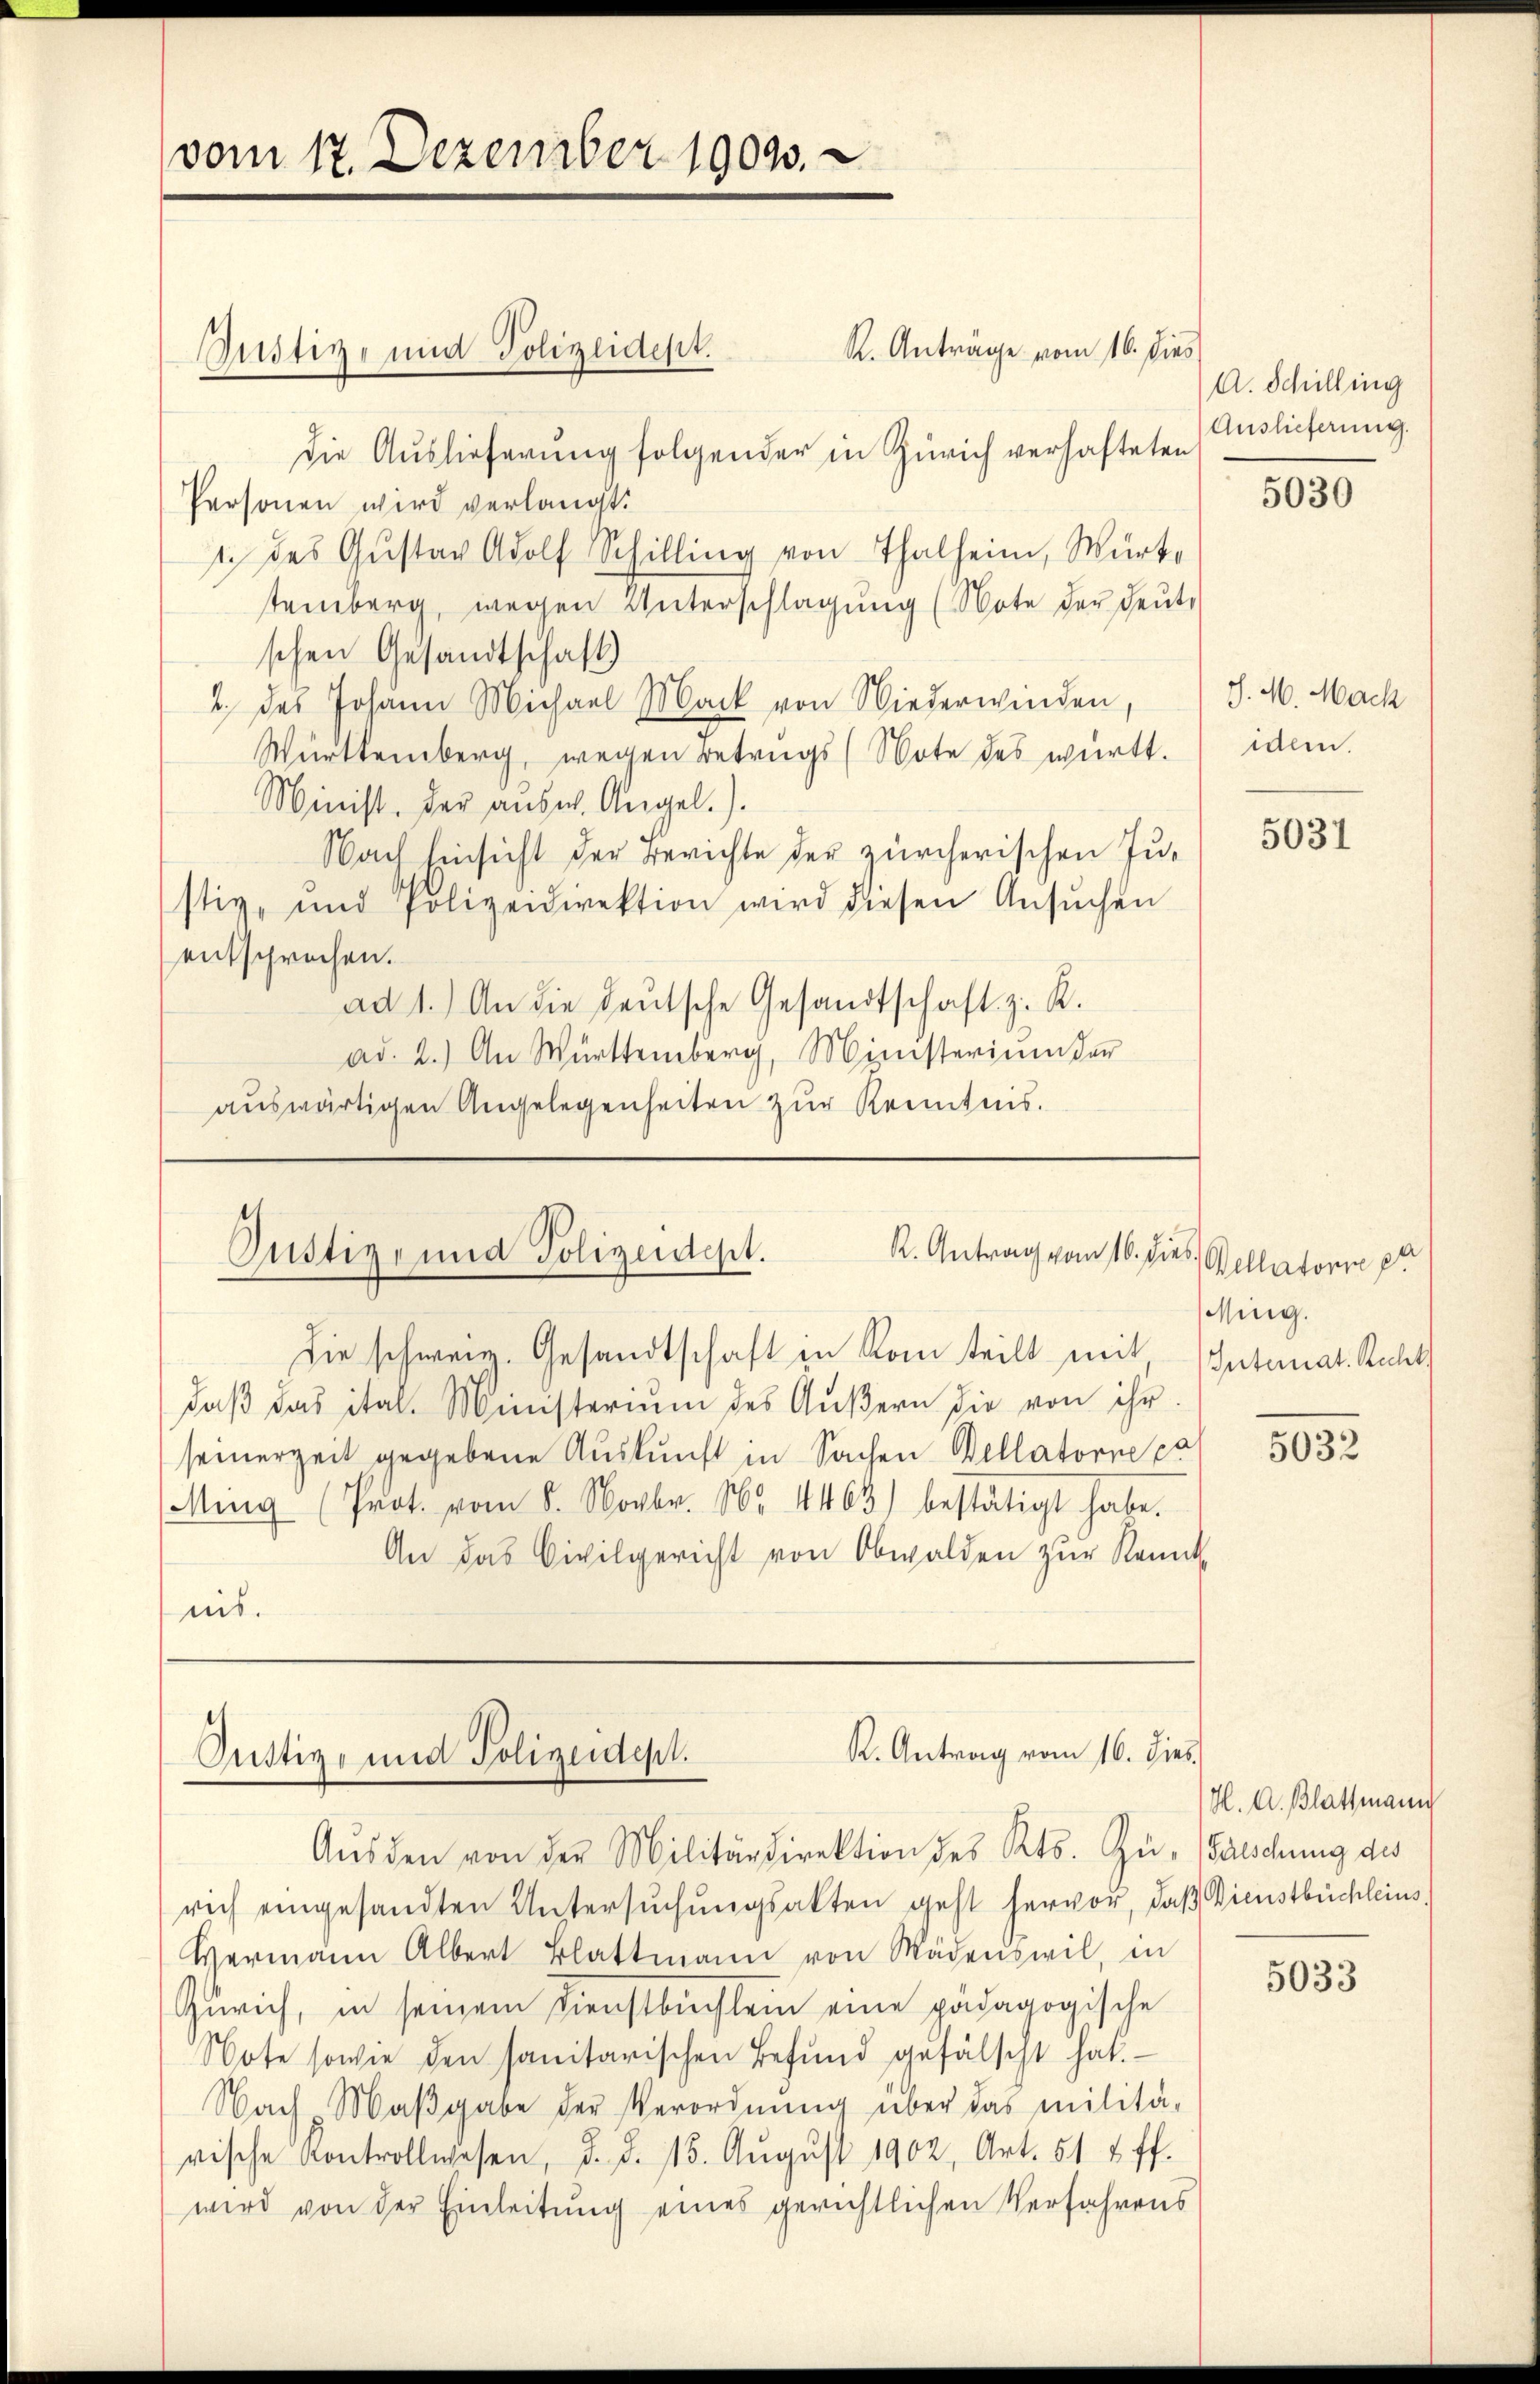
vom 17. Dezember 19093.

Justiz- und Polizeident.

Justiz- und Polizeidest.
K. Antrag vom 16. dies, Wellatorie pr
Die schweiz. Gesandtschaft in Rom teilt mit, Internat. Recht

K. Antrag vom 16. dies
Justiz- und Polizeidept.

R. Anträge vom 16. dies
die Auslieferung folgender in Zürich verhafteten Auslieferung.
Personen wird verlangt.
1. des Gŭstav Adolf Schilling von Thalheim, Würtsteinberg, wegen Unterschlagung (Note der deute
schen Gesandtschaft)
2. des Johann Michael Mark von Niederwinden,
Württemberg, wegen Betrugs (Note des württ.
Minist. Der aŭsw. Angel.).
Nach hinsicht der Berichte der zürcherischen Justiz- und Polizeidirektion wird diesen Ansŭchen
entsprochen.
ad 1.) An die deŭtsche Gesandtschaft z. R.
ad. 2.) An Württemberg, Ministerium der
aŭswärtigen Angelegenheiten zŭr Kenntnis.

A. Schilling

daβ das ital. Ministerium des Äußern die von ihr
seinerzeit gegebene Auskunft in Sachen Bellatorne pe
Ming (Prot. vom 5. Novbr. 165. 1465) bestätigt habe.
An das Civilgericht von Obwalden zŭr Kennt
nis.

Aŭsden von der Militärdirektion des Kts. Zu- Falschung des
rich eingesandten Untersuchungsakten geht hervor, daß Dienstbüchleins,
Wermann Albert Blattmann von Wädenswil, in
Zürich, in seinem Dienstbuchlein eine pädagogische
Note sowie den sanitarischen Befund gefälscht hat.
Nach Maβgabe der Verordnŭng über das militä-
rische Kontrollwesen, d. d. 15. Aŭgŭst 1902, Art. 514 ff.
wird von der Einleitung eines gerichtlichen Verfahrens

5030

J. M. Mach
idem.

5031

Ming.

5032

H. A. Blattmann

5033